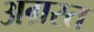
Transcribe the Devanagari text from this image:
अग्रस्त